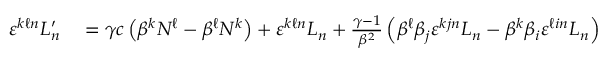
\begin{array} { r l } { \varepsilon ^ { k \ell n } L _ { n } ^ { \prime } } & { { } = \gamma c \left( \beta ^ { k } N ^ { \ell } - \beta ^ { \ell } N ^ { k } \right) + \varepsilon ^ { k \ell n } L _ { n } + { \frac { \gamma - 1 } { \beta ^ { 2 } } } \left( \beta ^ { \ell } \beta _ { j } \varepsilon ^ { k j n } L _ { n } - \beta ^ { k } \beta _ { i } \varepsilon ^ { \ell i n } L _ { n } \right) } \end{array}